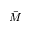
\bar { M }